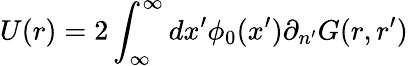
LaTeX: U(r)=2\int_{\infty}^{\infty}dx^{\prime}\phi_{0}(x^{\prime})\partial_{n^{\prime}}G(r,r^{\prime})